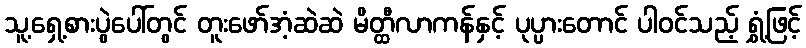
သူ့ရှေ့စားပွဲပေါ်တွင် တူးဖော်အံ့ဆဲဆဲ မိတ္ထီလာကန်နှင့် ပုပ္ပားတောင် ပါဝင်သည့် ရွှံ့ဖြင့်